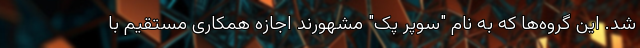
شد. این گروه‌ها که به نام "سوپر پک" مشهورند اجازه همکاری مستقیم با